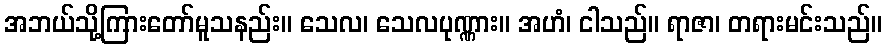
အဘယ်သို့ကြားတော်မူသနည်း။ သေလ၊ သေလပုဏ္ဏား။ အဟံ၊ ငါသည်။ ရာဇာ၊ တရားမင်းသည်။